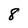
Character: 8